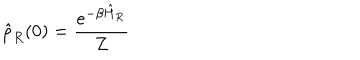
\hat { \rho } _ { R } ( 0 ) = \frac { e ^ { - \beta \hat { H } _ { R } } } { Z }